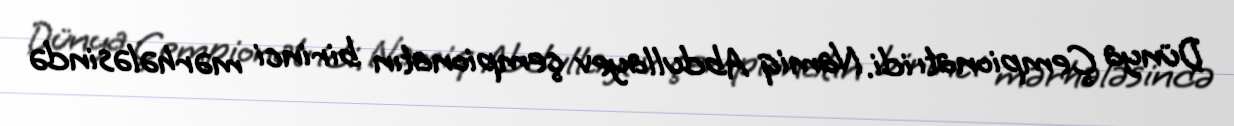
Dünya Çempionatı idi. Namiq Abdullayev çempionatın birinci mərhələsində